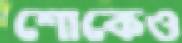
শোকেও